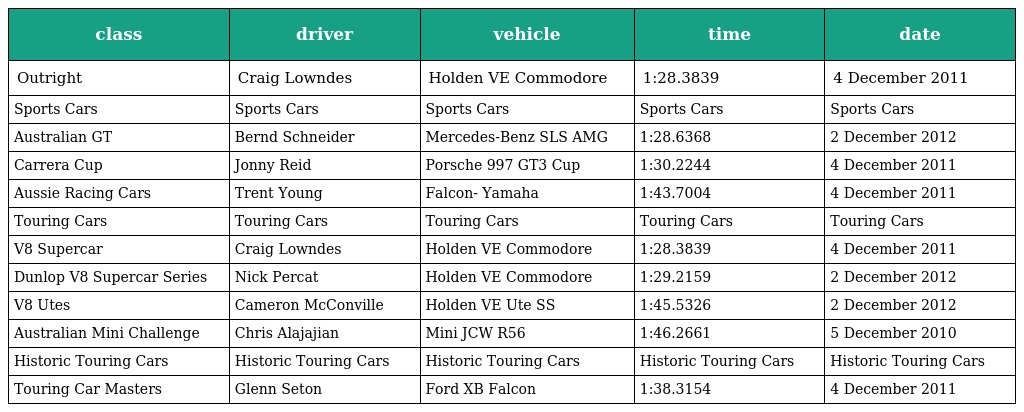
| class | driver | vehicle | time | date |
 | --- | --- | --- | --- | --- |
 | Outright | Craig Lowndes | Holden VE Commodore | 1:28.3839 | 4 December 2011 |
 | Sports Cars | Sports Cars | Sports Cars | Sports Cars | Sports Cars |
 | Australian GT | Bernd Schneider | Mercedes-Benz SLS AMG | 1:28.6368 | 2 December 2012 |
 | Carrera Cup | Jonny Reid | Porsche 997 GT3 Cup | 1:30.2244 | 4 December 2011 |
 | Aussie Racing Cars | Trent Young | Falcon- Yamaha | 1:43.7004 | 4 December 2011 |
 | Touring Cars | Touring Cars | Touring Cars | Touring Cars | Touring Cars |
 | V8 Supercar | Craig Lowndes | Holden VE Commodore | 1:28.3839 | 4 December 2011 |
 | Dunlop V8 Supercar Series | Nick Percat | Holden VE Commodore | 1:29.2159 | 2 December 2012 |
 | V8 Utes | Cameron McConville | Holden VE Ute SS | 1:45.5326 | 2 December 2012 |
 | Australian Mini Challenge | Chris Alajajian | Mini JCW R56 | 1:46.2661 | 5 December 2010 |
 | Historic Touring Cars | Historic Touring Cars | Historic Touring Cars | Historic Touring Cars | Historic Touring Cars |
 | Touring Car Masters | Glenn Seton | Ford XB Falcon | 1:38.3154 | 4 December 2011 |